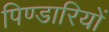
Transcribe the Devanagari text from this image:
पिण्डारियों